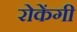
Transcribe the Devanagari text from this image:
रोकेंगी